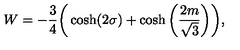
W = - { \frac { 3 } { 4 } } \bigg ( \cosh ( 2 \sigma ) + \cosh \bigg ( { \frac { 2 m } { \sqrt { 3 } } } \bigg ) \bigg ) ,